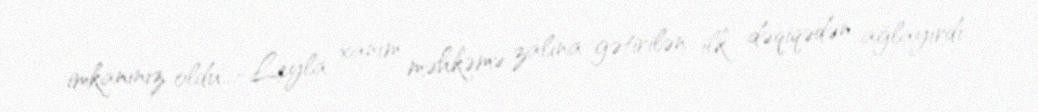
imkanınız oldu...-Leyla xanım məhkəmə zalına gətirilən ilk dəqiqədən ağlayırdı.